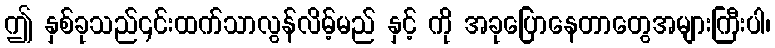
ဤ နှစ်ခုသည်၎င်းထက်သာလွန်လိမ့်မည် နှင့် ကို အခုပြောနေတာတွေအများကြီးပါ၊